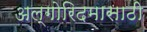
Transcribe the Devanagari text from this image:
अल्गोरिदमासाठी